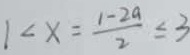
1 < x = \frac { 1 - 2 a } { 2 } \leq 3